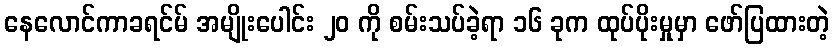
နေလောင်ကာခရင်မ် အမျိုးပေါင်း ၂၀ ကို စမ်းသပ်ခဲ့ရာ ၁၆ ခုက ထုပ်ပိုးမှုမှာ ဖော်ပြထားတဲ့